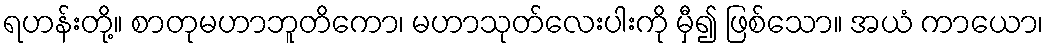
ရဟန်းတို့။ စာတုမဟာဘူတိကော၊ မဟာသုတ်လေးပါးကို မှီ၍ ဖြစ်သော။ အယံ ကာယော၊